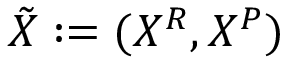
\tilde { X } : = ( X ^ { R } , X ^ { P } )